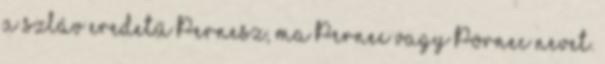
a szláv eredetű Pernesz, ma Pernec vagy Pörnec nevet.